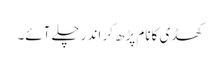
کھڈی کانام پڑھ کر اندر چلے آئے۔